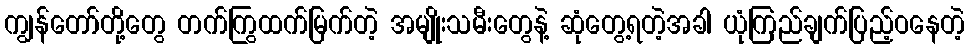
ကျွန်တော်တို့တွေ တက်ကြွထက်မြက်တဲ့ အမျိုးသမီးတွေနဲ့ ဆုံတွေ့ရတဲ့အခါ ယုံကြည်ချက်ပြည့်ဝနေတဲ့